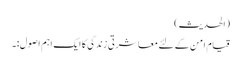
(الحدیث)
قیام امن کے لئے معاشرتی زندگی کا ایک اہم اصول:۔